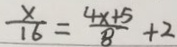
\frac { x } { 1 6 } = \frac { 4 x + 5 } { 8 } + 2